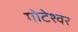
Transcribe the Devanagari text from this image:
गोटेश्वर